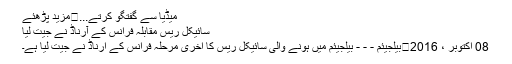
میڈیا سے گفتگو کرتے...	مزید پڑھئے
سائیکل ریس مقابلہ فرانس کے آرناڈ نے جیت لیا
08 اکتوبر ، 2016	بیلجیئم - - - بیلجیئم میں ہونے والی سائیکل ریس کا آخری مرحلہ فرانس کے آرناڈ نے جیت لیا ہے۔